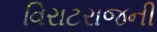
વિરાટરાજની